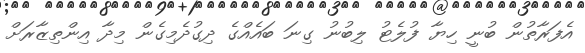
އެފަރާތުން ބުނީ ހިޔާ ފުލެޓު ލިބުނު ގިނަ ބައެއްގެ ދިގުދެމިގެން މިދާ އިންތިޒާރަށް